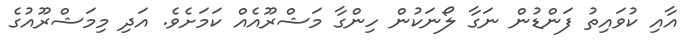
އާއި ކުވައިތު ފަންޑުން ނަގާ ލޯނަކުން ހިންގާ މަޝްރޫއެއް ކަމަށެވެ. އަދި މިމަޝްރޫއުގެ